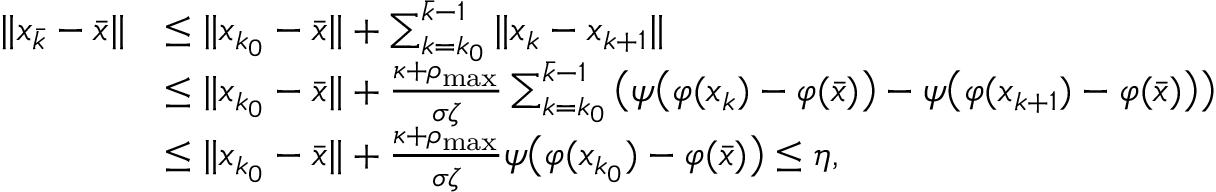
\begin{array} { r l } { \| x _ { \bar { k } } - \bar { x } \| } & { \leq \| x _ { k _ { 0 } } - \bar { x } \| + \sum _ { k = k _ { 0 } } ^ { \bar { k } - 1 } \| x _ { k } - x _ { k + 1 } \| } \\ & { \leq \| x _ { k _ { 0 } } - \bar { x } \| + \frac { \kappa + \rho _ { \operatorname* { m a x } } } { \sigma \zeta } \sum _ { k = k _ { 0 } } ^ { \bar { k } - 1 } \big ( \psi \big ( \varphi ( x _ { k } ) - \varphi ( \bar { x } ) \big ) - \psi \big ( \varphi ( x _ { k + 1 } ) - \varphi ( \bar { x } ) \big ) \big ) } \\ & { \leq \| x _ { k _ { 0 } } - \bar { x } \| + \frac { \kappa + \rho _ { \operatorname* { m a x } } } { \sigma \zeta } \psi \big ( \varphi ( x _ { k _ { 0 } } ) - \varphi ( \bar { x } ) \big ) \leq \eta , } \end{array}